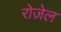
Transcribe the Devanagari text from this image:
रोज़ेल